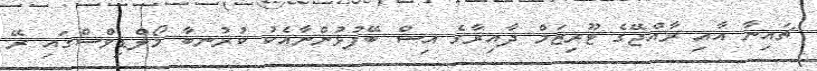
ޗައިނާ އާއި ރާއްޖޭގެ ޓޫރިޒަމް ދާއިރާގެ އިސް ބޭފުޅުންނާއެކު ކުރުނބާ މޯލްޑިވްސްގައި ރޭ